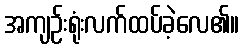
အကျဉ်းရုံးလက်ထပ်ခဲ့လေ၏။